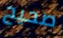
صحيح